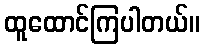
ထူထောင်ကြပါတယ်။